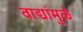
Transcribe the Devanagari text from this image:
वाद्यांमुळे